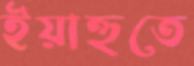
ইয়াহুতে